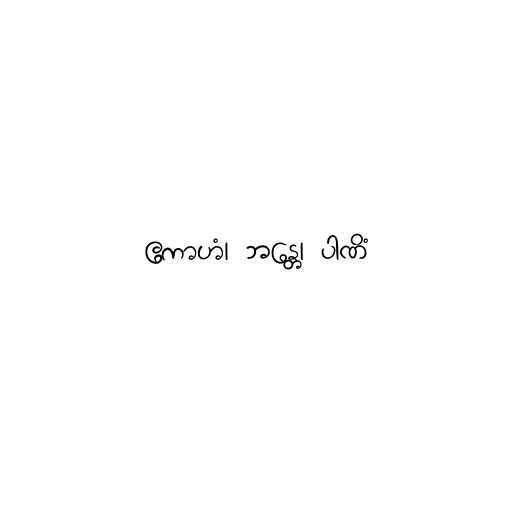
ဧကာဟံ၊ ဘန္တေ၊ ပါဏိံ